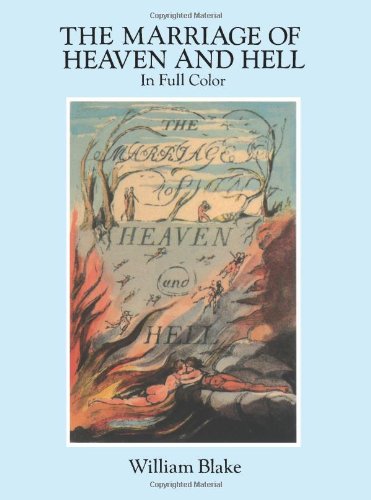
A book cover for The Marriage of Heaven and Hell: A Facsimile in Full Color (Dover Fine Art, History of Art); William Blake; Literature & Fiction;